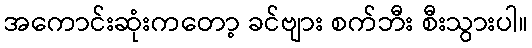
အကောင်းဆုံးကတော့ ခင်ဗျား စက်ဘီး စီးသွားပါ။